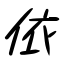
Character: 依